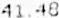
41.48